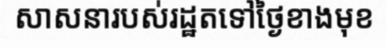
សាសនារបស់រដ្ឋតទៅថ្ងៃខាងមុខ